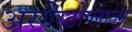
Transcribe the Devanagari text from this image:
अरगैस्टोप्लाज्म